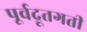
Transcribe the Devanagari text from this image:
पूर्वद्रूतगती